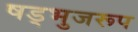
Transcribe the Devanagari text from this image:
षड्भुजरूप